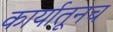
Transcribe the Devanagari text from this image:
कार्यातूनच